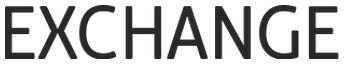
EXCHANGE